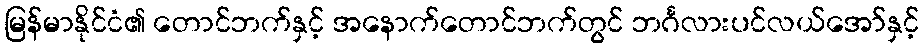
မြန်မာနိုင်ငံ၏ တောင်ဘက်နှင့် အနောက်တောင်ဘက်တွင် ဘင်္ဂလားပင်လယ်အော်နှင့်